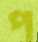
প